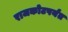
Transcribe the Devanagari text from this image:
राजकोटपर्यंत